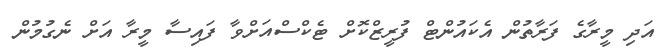
އަދި މީރާގެ ފަރާތުން އެކައުންޓް ފުރީޒްކޮށް ޓެކްސްއަށްވާ ފައިސާ މީރާ އަށް ނެގުމުން